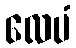
လေပံ